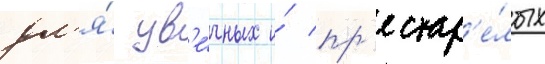
дл'я́ ув'е́чных и́ пр'естар'е́лых